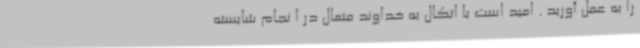
را به عمل آورید . امید است با اتکال به خداوند متعال در ا نجام شایسته